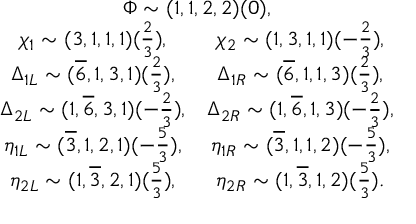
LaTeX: \begin{array} { c } { { \Phi \sim ( 1 , 1 , 2 , 2 ) ( 0 ) , } } \\ { { \begin{array} { c c } { { \chi _ { 1 } \sim ( 3 , 1 , 1 , 1 ) ( \frac { 2 } { 3 } ) , } } & { { \chi _ { 2 } \sim ( 1 , 3 , 1 , 1 ) ( - \frac { 2 } { 3 } ) , } } \\ { { \Delta _ { 1 L } \sim ( \overline { { { 6 } } } , 1 , 3 , 1 ) ( \frac { 2 } { 3 } ) , } } & { { \Delta _ { 1 R } \sim ( \overline { { { 6 } } } , 1 , 1 , 3 ) ( \frac { 2 } { 3 } ) , } } \\ { { \Delta _ { 2 L } \sim ( 1 , \overline { { { 6 } } } , 3 , 1 ) ( - \frac { 2 } { 3 } ) , } } & { { \Delta _ { 2 R } \sim ( 1 , \overline { { { 6 } } } , 1 , 3 ) ( - \frac { 2 } { 3 } ) , } } \\ { { \eta _ { 1 L } \sim ( \overline { { { 3 } } } , 1 , 2 , 1 ) ( - \frac { 5 } { 3 } ) , } } & { { \eta _ { 1 R } \sim ( \overline { { { 3 } } } , 1 , 1 , 2 ) ( - \frac { 5 } { 3 } ) , } } \\ { { \eta _ { 2 L } \sim ( 1 , \overline { { { 3 } } } , 2 , 1 ) ( \frac { 5 } { 3 } ) , } } & { { \eta _ { 2 R } \sim ( 1 , \overline { { { 3 } } } , 1 , 2 ) ( \frac { 5 } { 3 } ) . } } \end{array} } } \end{array}